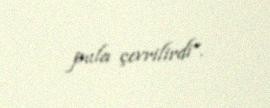
pula çevrilirdi”.